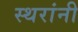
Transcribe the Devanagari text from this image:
स्थरांनी